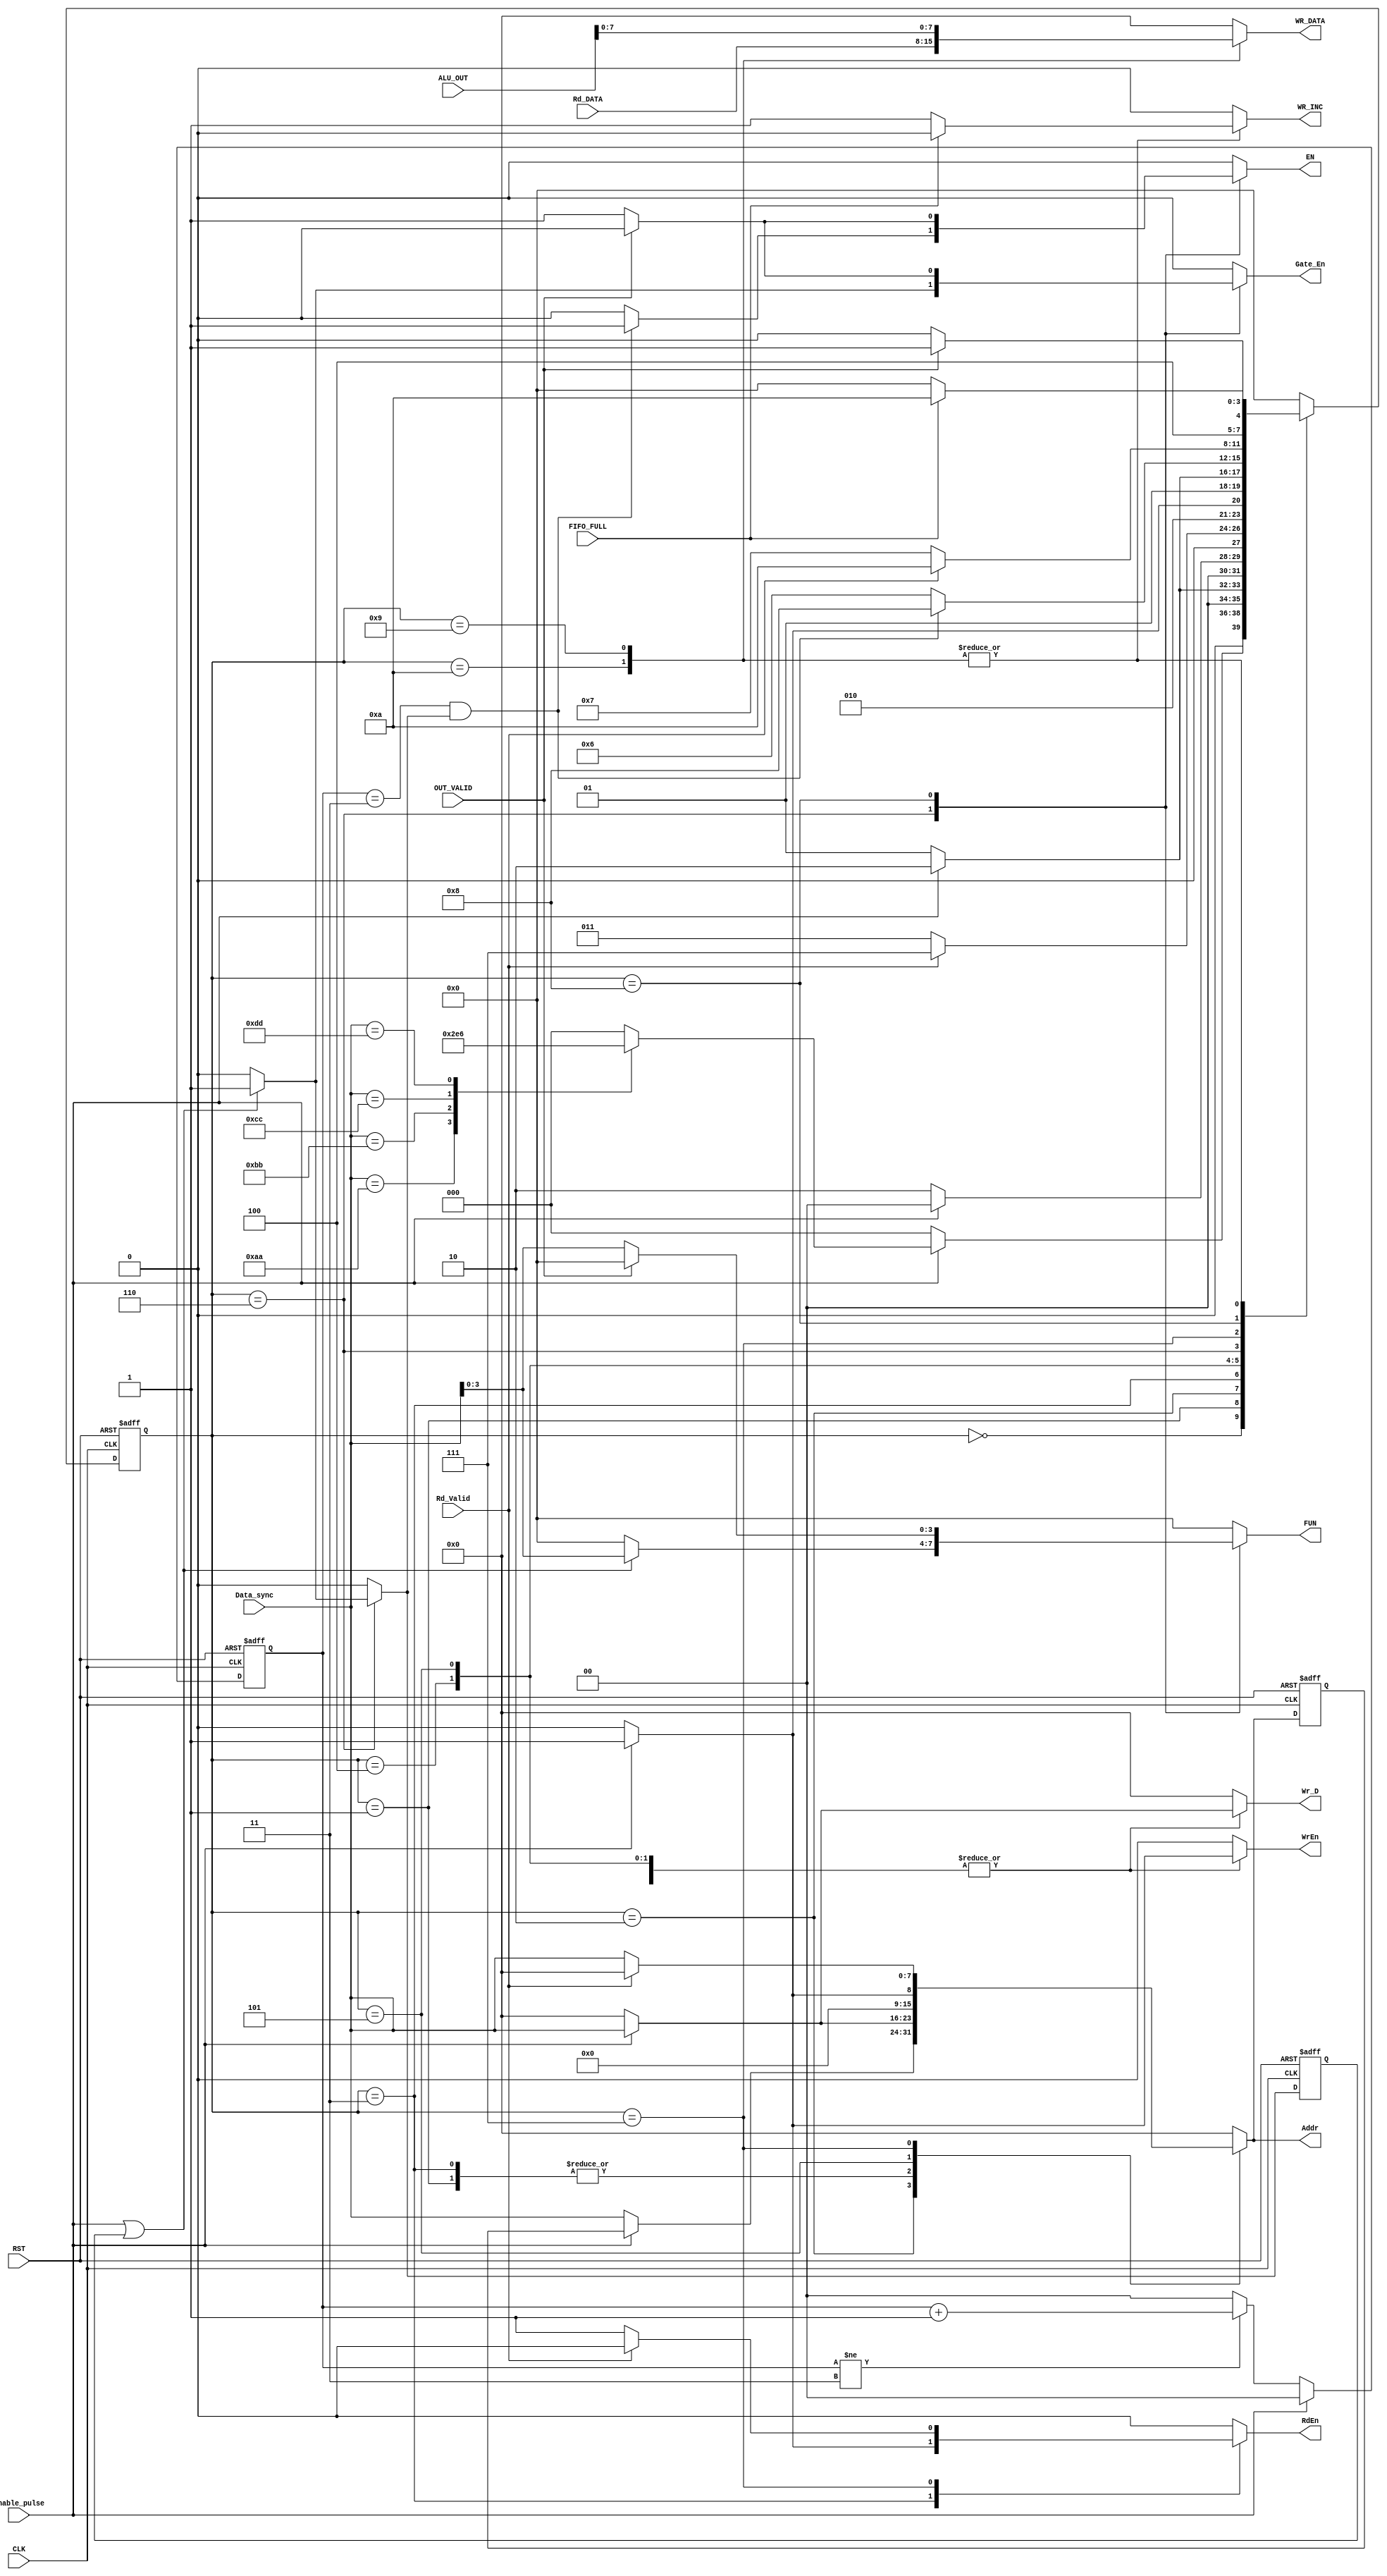
module SYS_CTRL
(

 input CLK                 ,
 input RST                 ,
 input [7:0] Data_sync     ,
 input enable_pulse        ,

 input FIFO_FULL           ,
 
 input [7:0] Rd_DATA       ,
 input Rd_Valid            ,
 input [15:0] ALU_OUT      ,
 input OUT_VALID           ,

 output reg [7:0] WR_DATA  ,
 output reg WR_INC         ,  
 output reg [3:0] FUN      ,
 output reg EN             ,
 output reg Gate_En        ,
 output reg [7:0] Wr_D     ,
 output reg [7:0] Addr     ,
 output reg RdEn           ,
 output reg WrEn

);


localparam IDLE                = 4'b0000 ; 
localparam RF_Wr_Addr          = 4'b0001 ;
localparam RF_Wr_Data          = 4'b0010 ;
localparam RF_Rd_Addr          = 4'b0011 ;
localparam Rd_Operand_A        = 4'b0100 ;
localparam Rd_Operand_B        = 4'b0101 ;
localparam Rd_ALU_FUN          = 4'b0110 ;
localparam WAIT_REG_OUT        = 4'b0111 ;
localparam WAIT_ALU_OUT        = 4'b1000 ;
localparam WRITE_ALU_TO_FIFO   = 4'b1001 ;
localparam WRITE_REG_TO_FIFO   = 4'b1010 ; 



reg [1:0] Counter       ;
reg flag                ;
reg flag_1              ;

reg [3:0] current_state ;
reg [3:0] next_state    ;

reg [7:0] Addr_next     ;
//reg [3:0] fun_next      ;



always @(posedge CLK or negedge RST) begin
  if (!RST) begin
    current_state <= IDLE        ;
  end

  else begin
     current_state <= next_state ; 
  end
end




always @(*)
begin

case(current_state)

IDLE : begin 
         if(enable_pulse) 
           begin
             
             case(Data_sync)
               
               8'hAA  : next_state = RF_Wr_Addr   ;
               8'hBB  : next_state = RF_Rd_Addr   ;
               8'hCC  : next_state = Rd_Operand_A ;
               8'hDD  : next_state = Rd_ALU_FUN   ;
               default: next_state = IDLE         ;  

             endcase

           end


          else next_state = IDLE  ;
            
       end


RF_Wr_Addr : begin
              if(enable_pulse)
                begin
                 next_state = RF_Wr_Data ;
                end
               
               else begin
                 next_state = RF_Wr_Addr ;
                end 

              end



RF_Wr_Data : begin
               if(enable_pulse)
                begin
                 next_state = IDLE       ;
                end
               
               else begin
                 next_state = RF_Wr_Data ;
                end 
                 
             end




RF_Rd_Addr : begin
              
               if(Rd_Valid)
                begin
                 next_state = WAIT_REG_OUT ;
                end
               

               else begin
                 next_state = RF_Rd_Addr   ;
                end              

             end 





Rd_Operand_A : begin
              
               if(enable_pulse)
                begin
                 next_state = Rd_Operand_B;
                end
               
               else begin
                 next_state = Rd_Operand_A;
                end              

               end



Rd_Operand_B : begin
              
               if(enable_pulse)
                begin
                 next_state = Rd_ALU_FUN  ;
                end
               
               else begin
                 next_state = Rd_Operand_B;
                end              

               end



Rd_ALU_FUN   : begin
              
               if(Counter == 3 && flag)
                begin
                 next_state = WAIT_ALU_OUT;
                end
               
               else begin
                 next_state = Rd_ALU_FUN  ;
                end                             

               end


WAIT_REG_OUT : begin
                if(Rd_Valid) next_state = WRITE_REG_TO_FIFO;
                else next_state = WAIT_REG_OUT             ;
             end



WAIT_ALU_OUT : begin
                if(OUT_VALID) next_state = WRITE_ALU_TO_FIFO;
                else next_state = WAIT_ALU_OUT;
             end


WRITE_REG_TO_FIFO : begin
                 
                  if(FIFO_FULL) next_state = WRITE_REG_TO_FIFO ;
                  
                  else next_state = IDLE ;  

              end


WRITE_ALU_TO_FIFO : begin
                 
                  if(FIFO_FULL) next_state = WRITE_REG_TO_FIFO ;
                  
                  else next_state = IDLE ;  

              end



default :     next_state = IDLE;               

endcase

end




always @(*)
begin

case(current_state)


IDLE       : begin
              
               WR_DATA   = 0 ;
               WR_INC    = 0 ;
               FUN       = 0 ;
               EN        = 0 ;
               Gate_En   = 0 ;
               Wr_D      = 0 ;
               Addr      = 0 ;
               RdEn      = 0 ;
               WrEn      = 0 ;
               flag      = 0 ;     
               

             end



RF_Wr_Addr : begin

               WR_DATA   = 0 ;
               WR_INC    = 0 ;
               FUN       = 0 ;
               EN        = 0 ;
               Gate_En   = 0 ;
               Wr_D      = 0 ;
               RdEn      = 0 ;
               WrEn      = 0 ;
               flag      = 0 ;

              if(enable_pulse) Addr = Data_sync ;
              else Addr      = 0 ; 

             end


RF_Wr_Data : begin

               WR_DATA   = 0 ;
               WR_INC    = 0 ;
               FUN       = 0 ;
               EN        = 0 ;
               Gate_En   = 0 ;
               RdEn      = 0 ;               
               flag      = 0 ;

              if(enable_pulse) begin
                Addr = Addr_next;                     // Note that to prevent any loops and to keep the value without Latching
                Wr_D = Data_sync;
                WrEn = 1'b1     ; 
               end

              else begin
                Addr      = Data_sync;
                WrEn      = 0        ;
                Wr_D      = 0        ;
              end 

             end




RF_Rd_Addr : begin

               WR_DATA   = 0 ;
               WR_INC    = 0 ;
               FUN       = 0 ;
               EN        = 0 ;
               Gate_En   = 0 ;
               Wr_D      = 0 ;
               WrEn      = 0 ;
               flag      = 0 ;

               if(enable_pulse) begin
                 Addr = Data_sync;
                 RdEn = 1'b1 ;
               end

               else begin
                 Addr      = 0 ;
                 RdEn      = 0 ;
               end
             end 





Rd_Operand_A : begin

                Addr = 0 ;
                WR_DATA   = 0 ;
                WR_INC    = 0 ;
                FUN       = 0 ;
                EN        = 0 ;
                Gate_En   = 0 ;
                RdEn      = 0 ;
                flag      = 0 ;

                 if(enable_pulse) begin

                   Wr_D = Data_sync ;
                   WrEn = 1'b1      ;

                 end

                 else begin
                   Wr_D      = 0 ;        
                   WrEn      = 0 ;
                 end
               end



Rd_Operand_B : begin

               WR_DATA   = 0 ;
               WR_INC    = 0 ;
               FUN       = 0 ;
               EN        = 0 ;
               Gate_En   = 0 ;
               RdEn      = 0 ;
               flag      = 0 ;

                 if(enable_pulse) begin
                   Addr = 1         ;
                   Wr_D = Data_sync ;
                   WrEn = 1'b1      ;
                 end

                 else begin
                   Addr      = 0 ;
                   Wr_D      = 0 ;        
                   WrEn      = 0 ;
                 end
               end



Rd_ALU_FUN   : begin

               WR_DATA   = 0 ;
               WR_INC    = 0 ;
               Wr_D      = 0 ;
               Addr      = 0 ;
               RdEn      = 0 ;
               WrEn      = 0 ;
               // FUN     = Data_sync ;
               // Gate_En = 1'b1      ;
               // flag    = 1'b1      ; 

                if(Counter == 3 && flag) begin         // I did that to turn on clock gating of alu and give it time to read operands and fun before processing
                  EN = 1'b1   ;
                end

                else begin
                  EN  = 1'b0 ; 
                end


                if(enable_pulse || flag_1) begin
                  FUN     = Data_sync ;
                  Gate_En = 1'b1      ;
                  flag    = 1'b1      ;
                 end

                else begin
                  flag      = 1'b0;
                  FUN       = 0 ;
                  Gate_En   = 0 ;
                end

               end                         


WAIT_ALU_OUT : begin

               WR_DATA   = 0 ;
               WR_INC    = 0 ;
               Wr_D      = 0 ;
               Addr      = 0 ;
               RdEn      = 0 ;
               WrEn      = 0 ;
               flag      = 0 ; 

               if(OUT_VALID) begin
                 Gate_En = 0 ;
                 EN      = 0 ;
                 FUN     = 0 ;
               end 

               else begin
                 FUN       = Data_sync ;
                 EN        = 1 ;
                 Gate_En   = 1 ;  
               end

               end



WAIT_REG_OUT : begin

               WR_DATA   = 0 ;
               WR_INC    = 0 ;
               FUN       = 0 ;
               EN        = 0 ;
               Gate_En   = 0 ;
               Wr_D      = 0 ;
               WrEn      = 0 ;
               flag      = 0 ;  
               RdEn      = 0 ;

               if(Rd_Valid) begin
                 Addr    = 0 ;
                 RdEn    = 0 ;
               end 

               else begin
                 Addr    = Data_sync ;
                 RdEn    = 1         ;
               end
               end





WRITE_REG_TO_FIFO : begin

               WR_DATA = Rd_DATA   ;
               FUN       = 0 ;
               EN        = 0 ;
               Gate_En   = 0 ;
               Wr_D      = 0 ;
               Addr      = 0 ;
               RdEn      = 0 ;
               WrEn      = 0 ;
               flag      = 0 ;  

              
              if(!FIFO_FULL)
                 begin
                  WR_INC  = 1'b1     ; 
                 end 

               else begin
                  WR_INC  = 1'b0      ;
               end    

              end



WRITE_ALU_TO_FIFO : begin

               WR_DATA =  ALU_OUT ;
               FUN       = 0 ;
               EN        = 0 ;
               Gate_En   = 0 ;
               Wr_D      = 0 ;
               Addr      = 0 ;
               RdEn      = 0 ;
               WrEn      = 0 ;
               flag      = 0 ;  
               EN = 1'b0     ;

              
               if(!FIFO_FULL)
                 begin
                   WR_INC  = 1'b1     ;    
                 end

               else begin
                   WR_INC    = 0 ;
               end
              end



default  :  begin

               WR_DATA   = 0 ;
               WR_INC    = 0 ;
               FUN       = 0 ;
               EN        = 0 ;
               Gate_En   = 0 ;
               Wr_D      = 0 ;
               Addr      = 0 ;
               RdEn      = 0 ;
               WrEn      = 0 ;
               flag      = 0 ; 
              
            end

endcase
end



always @(posedge CLK or negedge RST) begin
  if (!RST) begin
    Counter <= 0;
  end

  else if (enable_pulse) Counter <= 0;

  else if(Counter != 3) begin
      Counter <= Counter + 1; 
  end

  else Counter <= 0 ;

end




always @(posedge CLK or negedge RST) begin

  if(~RST) begin
    // fun_next  <= 0     ;
     Addr_next <= 0     ;
     flag_1    <= 0     ;
  end 

  else begin
    //fun_next  <= FUN ;
    Addr_next <= Addr ;
    flag_1    <= flag ;
  end

end



endmodule



//=================================== UNIT TESTING OF MODULES ==========================================================================



// `timescale 1ns / 1fs                               // 1ns -- 1000000 precision (6 numbers prescision)

// module SYS_CTRL_tb;

//   parameter REF_CLK_PERIOD  = 10         ;        //100MHZ
//   parameter UART_CLK_PERIOD = 271.2673611;        // 3.6864 MHZ  , FOR PRESCALE = 1 -> 271.2673611 , PRESCALE = 2 -> 135.6336806
//   parameter RX_CLK_PERIOD =  135.6336806 ;  
//   parameter TX_CLK_PERIOD =  8680.555556 ;
  
//   parameter PRESCALE = 'd16;

//   // Inputs
//   reg REF_CLK;
//   reg UART_CLK;

//   reg RST;
//   wire RST_D1;
//   wire RST_D2;


//   wire RX_CLK;
//   wire TX_CLK; 


//   reg RX_IN;


//   // Outputs

//   wire Gate_En;
//   wire [7:0] Wr_D;
//   wire [7:0] Addr;
//   wire RdEn;
//   wire WrEn;

  
//   //wire [7:0] data_in_syn ;
  
//   wire [7:0] SYNC_bus;
//   wire enable_pulse;



// wire [7:0] REG0;
// wire [7:0] REG1;
// wire [7:0] REG2;
// wire [7:0] REG3;
// wire [7:0] Rd_DATA ;
// wire Rd_Valid;

// wire Enable ;
// wire [15:0] ALU_OUT;
// wire       OUT_VALID;
// wire [3:0] ALU_FUN ;

// reg [7:0] rx_div_ratio;
// reg [5:0] prescale_in;




// wire [7:0] in_Data_Sys;
// wire  in_Data_Sys_en ;



// wire WR_INC;
// wire [7:0] WR_DATA;
// wire F_Full;

// wire R_INC ;
// wire F_Empty;
// wire [7:0] in_DATA_tx;


// wire TX_OUT ;
// wire busy  ;





// reg Data_Seed_Write_RF_h    [32:0];
// reg Data_Seed_Write_ALU_CMD_h [43:0];
// reg Data_Seed_Read_RF_h  [21:0];
// reg Data_Seed_Write_ALU_No_CMD_h [21:0];



// integer i ;
// integer j ;
// integer k ;
// integer n ;
 






// ///////////////////////////////////////////////////////
// /////////////////// RST SYNCHRONIZER //////////////////
// ///////////////////////////////////////////////////////


// Rst_Sync #(.NUM_STAGES(2) , .ACTIVE_TYP("LOW")) Rst_Sync_D1_dut (

// .RST       (RST),
// .CLK       (REF_CLK),
// .SYNC_RST  (RST_D1)

// );



// Rst_Sync #(.NUM_STAGES(2) , .ACTIVE_TYP("LOW")) Rst_Sync_D2_dut (

// .RST       (RST),
// .CLK       (UART_CLK),
// .SYNC_RST  (RST_D2)

// );

// /////////////////////////////////////////////////////////////////////////////////

// Data_Sync #(.NUM_STAGES(2) , .BUS_WIDTH(8) )  Data_Sync_dut (

// .CLK        (REF_CLK) ,
// .RST_n      (RST_D1),
// .bus_enable (in_Data_Sys_en) ,
// .UNSYNC_bus (in_Data_Sys) ,

// .SYNC_bus     (SYNC_bus) ,
// .enable_pulse (enable_pulse)

// );


// /////////////////////////////////////////////////////////////////////////////////



// CLK_GATE  CLK_GATE_dut
// (
// .E  (Gate_En)     ,
// .CK (REF_CLK)     , 
// .ECK(ALU_CLK)       
// );



// /////////////////////////////////////////////////////////////////////////////////


// ClkDiv__ CLK_DIV_RX_dut
// (
// .i_ref_clk   (UART_CLK),
// .i_rst_n     (RST_D2),
// .i_div_ratio (rx_div_ratio),

// .o_div_clk(RX_CLK)
// );


// ClkDiv__ CLK_DIV_TX_dut
// (
// .i_ref_clk   (UART_CLK),
// .i_rst_n     (RST_D2),
// .i_div_ratio (REG3),

// .o_div_clk(TX_CLK)
// );


// /////////////////////////////////////////////////////////////////////////////////


//   // Instantiate SYS_CTRL module
//   SYS_CTRL DUT (
//     .CLK(REF_CLK),
//     .RST(RST_D1),
//     .Data_sync(SYNC_bus),
//     .enable_pulse(enable_pulse),
//     .FIFO_FULL(F_Full),
//     .Rd_DATA(Rd_DATA),
//     .Rd_Valid(Rd_Valid),
//     .ALU_OUT(ALU_OUT),
//     .OUT_VALID(OUT_VALID),
//     .WR_DATA(WR_DATA),
//     .WR_INC(WR_INC),
//     .FUN(ALU_FUN),
//     .EN(Enable),
//     .Gate_En(Gate_En),
//     .Wr_D(Wr_D),
//     .Addr(Addr),
//     .RdEn(RdEn),
//     .WrEn(WrEn)
//   );



  
// Register_File  Reg_file_dut
// (
// .CLK(REF_CLK),
// .RST_n(RST_D1),
// .RdEn(RdEn),
// .WrEn(WrEn),
// .Address(Addr),
// .WrData(Wr_D),

// .RdData  (Rd_DATA),
// .RdData_Valid(Rd_Valid),

// .REG0(REG0) ,
// .REG1(REG1) ,
// .REG2(REG2) ,
// .REG3(REG3)
// );




// ALU #(.OPERAND_WIDTH ('d8) , .FUN_WIDTH('d4)) ALU_dut
// (

// .CLK        (ALU_CLK) ,
// .RST_n      (RST_D1)  ,
// .A          (REG0)    ,
// .B          (REG1)    ,
// .ALU_FUN    (ALU_FUN)        ,
// .Enable     (Enable)        ,

// .ALU_OUT     (ALU_OUT)       ,
// .OUT_VALID   (OUT_VALID)

// );




// UART_RX #(.PRESCALE(16)) UART_RX_dut (

//  .CLK           (RX_CLK)     ,
//  .RST_n         (RST_D2)     ,
//  .PAR_EN        (REG2[0])    ,
//  .PAR_TYP       (REG2[1])    ,
//  .Prescale      (prescale_in)  ,
//  .RX_IN         (RX_IN)      ,


//  .P_DATA    (in_Data_Sys)    ,
//  .DATA_Valid(in_Data_Sys_en)             

// );




// ASYNC_FIFO ASYNC_FIFO_dut
// (

// .W_CLK     (REF_CLK)     ,           
// .W_RST     (RST_D1)     ,        
// .W_INC     (WR_INC)           ,
// .WR_DATA   (WR_DATA)     ,
// .R_CLK     (TX_CLK)     ,
// .R_RST     (RST_D2)     ,
// .R_INC     (R_INC)      ,


// .FULL    (F_Full )       ,
// .EMPTY   (F_Empty)       ,
// .RD_DATA (in_DATA_tx)  

// );



// PULSE_GENERATOR pulse_gen_dut
// (
// .CLK   (TX_CLK),
// .RST_n (RST_D2),  
// .in    (busy),

// .out   (R_INC)
// );





// UART_TX UART_TX_dut(

// .CLK      (TX_CLK)     ,
// .RST_n    (RST_D2)     ,
// .P_DATA   (in_DATA_tx) ,
// .PAR_EN   (REG2[0])    ,
// .PAR_TYP  (REG2[1])    ,
// .DATA_VALID (F_Empty)  ,

// .TX_OUT  (TX_OUT)      ,
// .Busy    (busy)    


// );




//   // Clock generation
  
//   always begin
//     #(REF_CLK_PERIOD / 2) REF_CLK = ~REF_CLK;
//   end


//   always begin
//     #(UART_CLK_PERIOD / 2)  UART_CLK = ~UART_CLK;
//   end


//   // Test stimulus
//   initial begin
//     $dumpfile("SYS_CTRL_tb.vcd");
//     $dumpvars(0, SYS_CTRL_tb);

//     rx_div_ratio = (PRESCALE == 32) ? 1 : (PRESCALE == 16) ? 2 : 4;
//      prescale_in = PRESCALE;

//     // Initialize inputs
//     REF_CLK  = 0;
//     UART_CLK = 0;
//     RX_IN    = 0;

//     RST = 0; 
//     // Release reset
//     #(REF_CLK_PERIOD) RST = 1; 
//     #(2*REF_CLK_PERIOD);

    

//      $readmemh("Data_Seed_Write_RF_h.txt" , Data_Seed_Write_RF_h );
//      $readmemh("Data_Seed_Write_ALU_CMD_h.txt",Data_Seed_Write_ALU_CMD_h);
//      $readmemh("Data_Seed_Read_RF_h.txt", Data_Seed_Read_RF_h);
//      $readmemh("Data_Seed_Write_ALU_No_CMD_h.txt",Data_Seed_Write_ALU_No_CMD_h);
   


// //=============== WRITE IN RF =========================


//       for(i = 0 ; i < 11 ; i = i + 1)
//       begin
//       @(negedge RX_CLK);
//       RX_IN = Data_Seed_Write_RF_h[i];
//       repeat(prescale_in) @(negedge RX_CLK);
//       end


//       #(RX_CLK_PERIOD) ;


//       for(i = 11 ; i < 22 ; i = i + 1)
//       begin
//       @(negedge RX_CLK);
//       RX_IN = Data_Seed_Write_RF_h[i];
//       repeat(prescale_in) @(negedge RX_CLK);
//       end

//      #(RX_CLK_PERIOD) ;

    
//       for(i = 22 ; i < 33 ; i = i + 1)
//       begin
//       @(negedge RX_CLK);
//       RX_IN = Data_Seed_Write_RF_h[i];
//       repeat(prescale_in) @(negedge RX_CLK);
//       end
      
      
//       #(RX_CLK_PERIOD) ;


       
//   //=================================================



// //=============== WRITE IN ALU WITH CMD ================


//       for(j = 0 ; j < 11 ; j = j + 1)
//       begin
//       @(negedge RX_CLK);
//       RX_IN = Data_Seed_Write_ALU_CMD_h[j];
//       repeat(prescale_in) @(negedge RX_CLK);
//       end



//       #(RX_CLK_PERIOD) ;



//       for(j = 11 ; j < 22 ; j = j + 1)
//       begin
//       @(negedge RX_CLK);
//       RX_IN = Data_Seed_Write_ALU_CMD_h[j];
//       repeat(prescale_in) @(negedge RX_CLK);
//       end


//      #(RX_CLK_PERIOD) ;


    
//       for(j = 22 ; j < 33 ; j = j + 1)
//       begin
//       @(negedge RX_CLK);
//       RX_IN = Data_Seed_Write_ALU_CMD_h[j];
//       repeat(prescale_in) @(negedge RX_CLK);
//       end
      

      
//       #(RX_CLK_PERIOD) ;




//       for(j = 33 ; j < 44 ; j = j + 1)
//       begin
//       @(negedge RX_CLK);
//       RX_IN = Data_Seed_Write_ALU_CMD_h[j];
//       repeat(prescale_in) @(negedge RX_CLK);
//       end
      
      
//       #(RX_CLK_PERIOD) ;


       
//   //====================================================


//   //=============== READ FROM RF ===============

   
//       for(k = 0 ; k < 11 ; k = k + 1)
//       begin
//       @(negedge RX_CLK);
//       RX_IN = Data_Seed_Read_RF_h[k];
//       repeat(prescale_in) @(negedge RX_CLK);
//       end
      
      
//       #(RX_CLK_PERIOD) ;



//       for(k = 11 ; k < 22 ; k = k + 1)
//       begin
//       @(negedge RX_CLK);
//       RX_IN = Data_Seed_Read_RF_h[k];
//       repeat(prescale_in) @(negedge RX_CLK);
//       end
      
      
//       #(RX_CLK_PERIOD) ;
   

//   //============================================

//   //=======  WRITE IN ALU WITH No OPERAND ======

   
//       for(n = 0 ; n < 11 ; n = n + 1)
//       begin
//       @(negedge RX_CLK);
//       RX_IN = Data_Seed_Write_ALU_No_CMD_h[n];
//       repeat(prescale_in) @(negedge RX_CLK);
//       end
      
      
//       #(RX_CLK_PERIOD) ;


//       for(n = 11 ; n < 22 ; n = n + 1)
//       begin
//       @(negedge RX_CLK);
//       RX_IN = Data_Seed_Write_ALU_No_CMD_h[n];
//       repeat(prescale_in) @(negedge RX_CLK);
//       end
      
      
//       #(RX_CLK_PERIOD) ;

      
//       // R_INC = 1'b1;

       

//       // R_INC = 0;

//     //  RST = 0; 
//     // // Release reset
//     // //#(REF_CLK_PERIOD) RST = 1; 
//     // #(2*REF_CLK_PERIOD);

//   //============================================
      


//     #50 $stop;
//   end


// endmodule